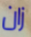
زان